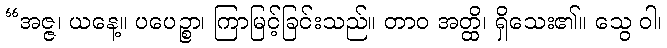
“အဇ္ဇ၊ ယနေ့။ ပပေဉ္စာ၊ ကြာမြင့်ခြင်းသည်။ တာဝ အတ္ထိ၊ ရှိသေး၏။ သွေ ဝါ၊